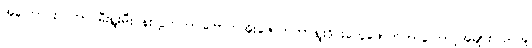
အကြောင်းပြုကာ မီးရှူးမီးပန်းလွှတ်တာ၊ဗြောက်အိုးဖောက်တာ၊ရှူးဒိုင်းတွေဖောက်တာကြောင့်အများပြည်သူ